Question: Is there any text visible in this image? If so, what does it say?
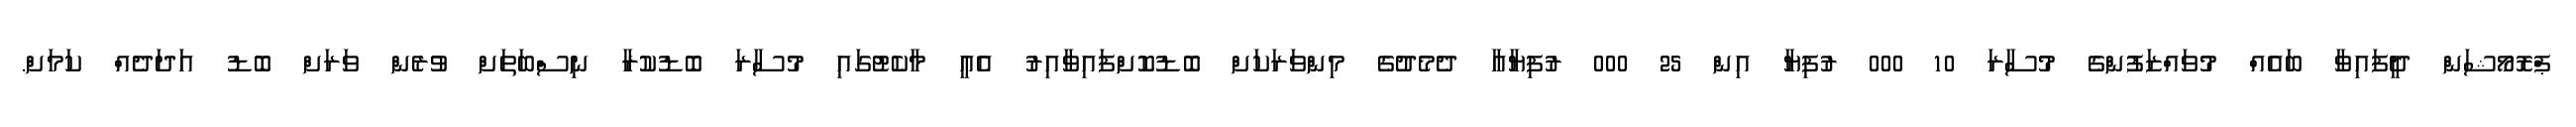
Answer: ޕްރޮމޯޝަން ދީފައިވާ ބައެއް މުވައްޒަފުންގެ މުސާރަ 10 000 ރުފިޔާ އިން 25 000 ރުފިޔާއާ ދެމެދުގެ މިންވަރަކަށް ބޮޑުކޮށްފައިވާއިރު އެއީ މާކެޓުގައި މުސާރަ ބޮޑުކުރާ ނިސްބަތަށް ވުރެން ވަރަށް ބޮޑު އަދަދެއް ކަމަށް.